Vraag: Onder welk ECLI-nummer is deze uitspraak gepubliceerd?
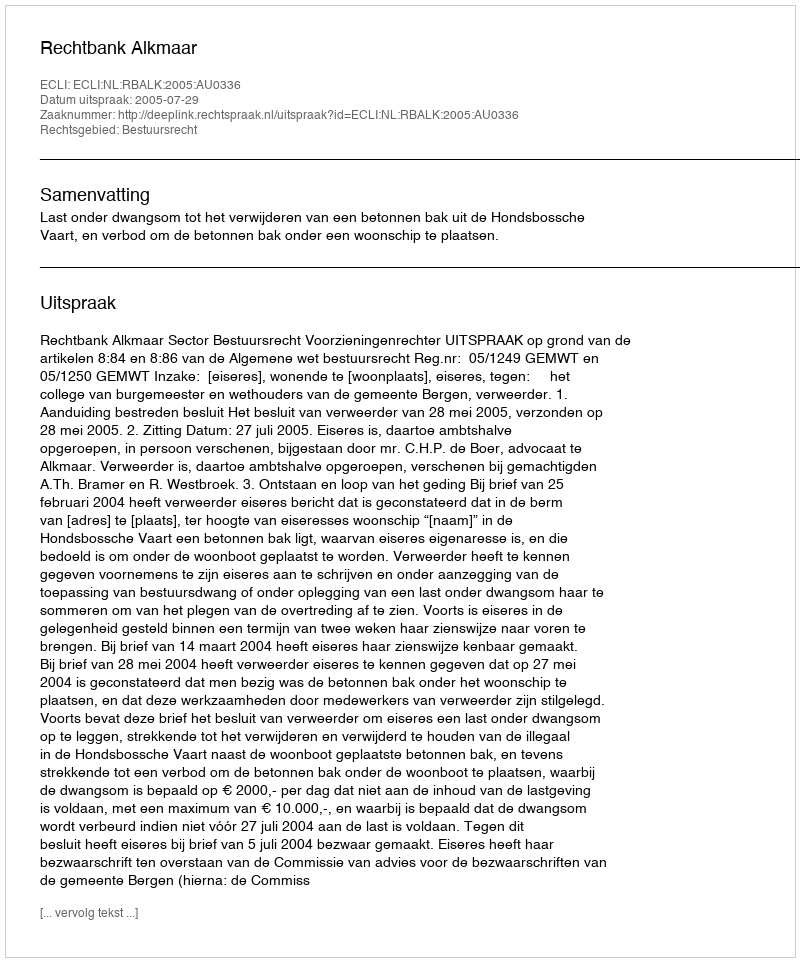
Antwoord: ECLI:NL:RBALK:2005:AU0336